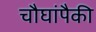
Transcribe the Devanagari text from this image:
चौघांपैकी